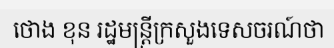
ថោង ខុន រដ្ឋមន្ត្រីក្រសួងទេសចរណ៍ថា